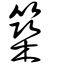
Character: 築